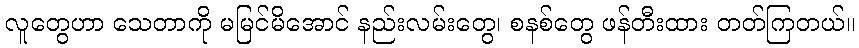
လူတွေဟာ သေတာကို မမြင်မိအောင် နည်းလမ်းတွေ၊ စနစ်တွေ ဖန်တီးထား တတ်ကြတယ်။